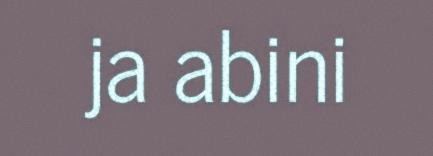
ja abini